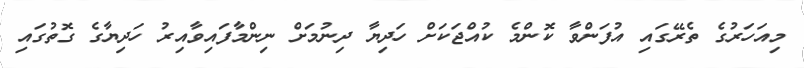
މިއަހަރުގެ ތެރޭގައި އުފަންވާ ކޮންމެ ކުއްޖަކަށް ހަދިޔާ ދިނުމަށް ނިންމާފައިވާއިރު ހަދިޔާގެ ގޮތުގައި